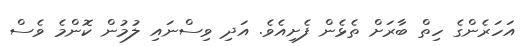
އަހަރެންގެ ހިތް ބާރަށް ތެޅެން ފެށިއެވެ. އަދި ވިސްނައި ލުމުން ކޮންމެ ވެސް